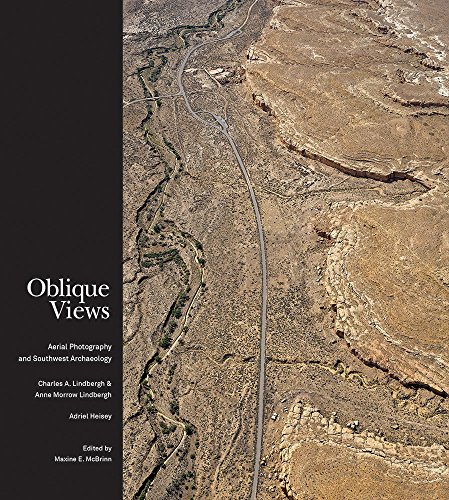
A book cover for Oblique Views: Aerial Photography and Southwest Archaeology; Arts & Photography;